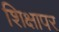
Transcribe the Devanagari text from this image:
शिक्षापर